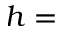
h =